Vaccination in Burma 1912-1922 - 1912-1922
Year: 1912
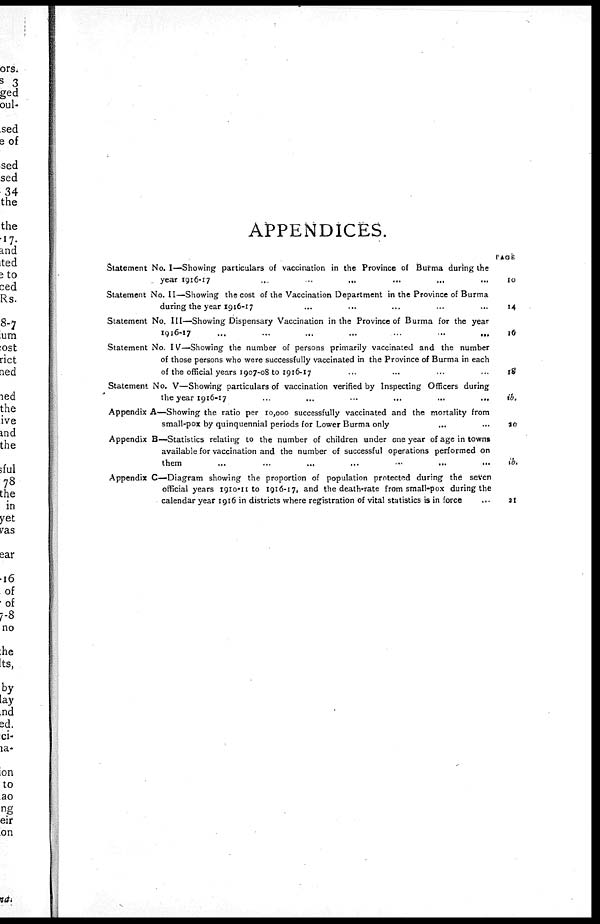
APPENDICES.
Statement No. I—Showing particulars of vaccination in the Province of Burma during the
year 1916-17
...
...
... ... ... ...
Statement No. II—Showing the cost of the Vaccination Department in the Province of Burma
during the year 1916-17
...
... ... ... ... ...
Statement No. III—Showing Dispensary Vaccination in the Province of Burma for the year
1916-17 ... ... ... ... ... ...
Statement No. IV—Showing the number of persons primarily vaccinated and the number
of those persons who were successfully vaccinated in the Province of Burma in each
of the official years 1907-08 to 1916-17 ... ... ... ...
Statement No. V—Showing particulars of vaccination verified by Inspecting Officers during
the year 1916-17 ... ... ... ... ... ...
Appendix A—Showing the ratio per 10,000 successfully vaccinated and the mortality from
small-pox by quinquennial periods for Lower Burma only
... ...
Appendix B—Statistics relating to the number of children under one year of age in towns
available for vaccination and the number of successful operations performed on
them
...
...
...
...
...
...
...
Appendix C—Diagram showing the proportion of population protected during the seven
official years 1910-11 to 1916-17, and the death-rate from small-pox during the
calendar year 1916 in districts where registration of vital statistics is in force ...
PAGE
10
14
16
18
ib.
20
ib.
21